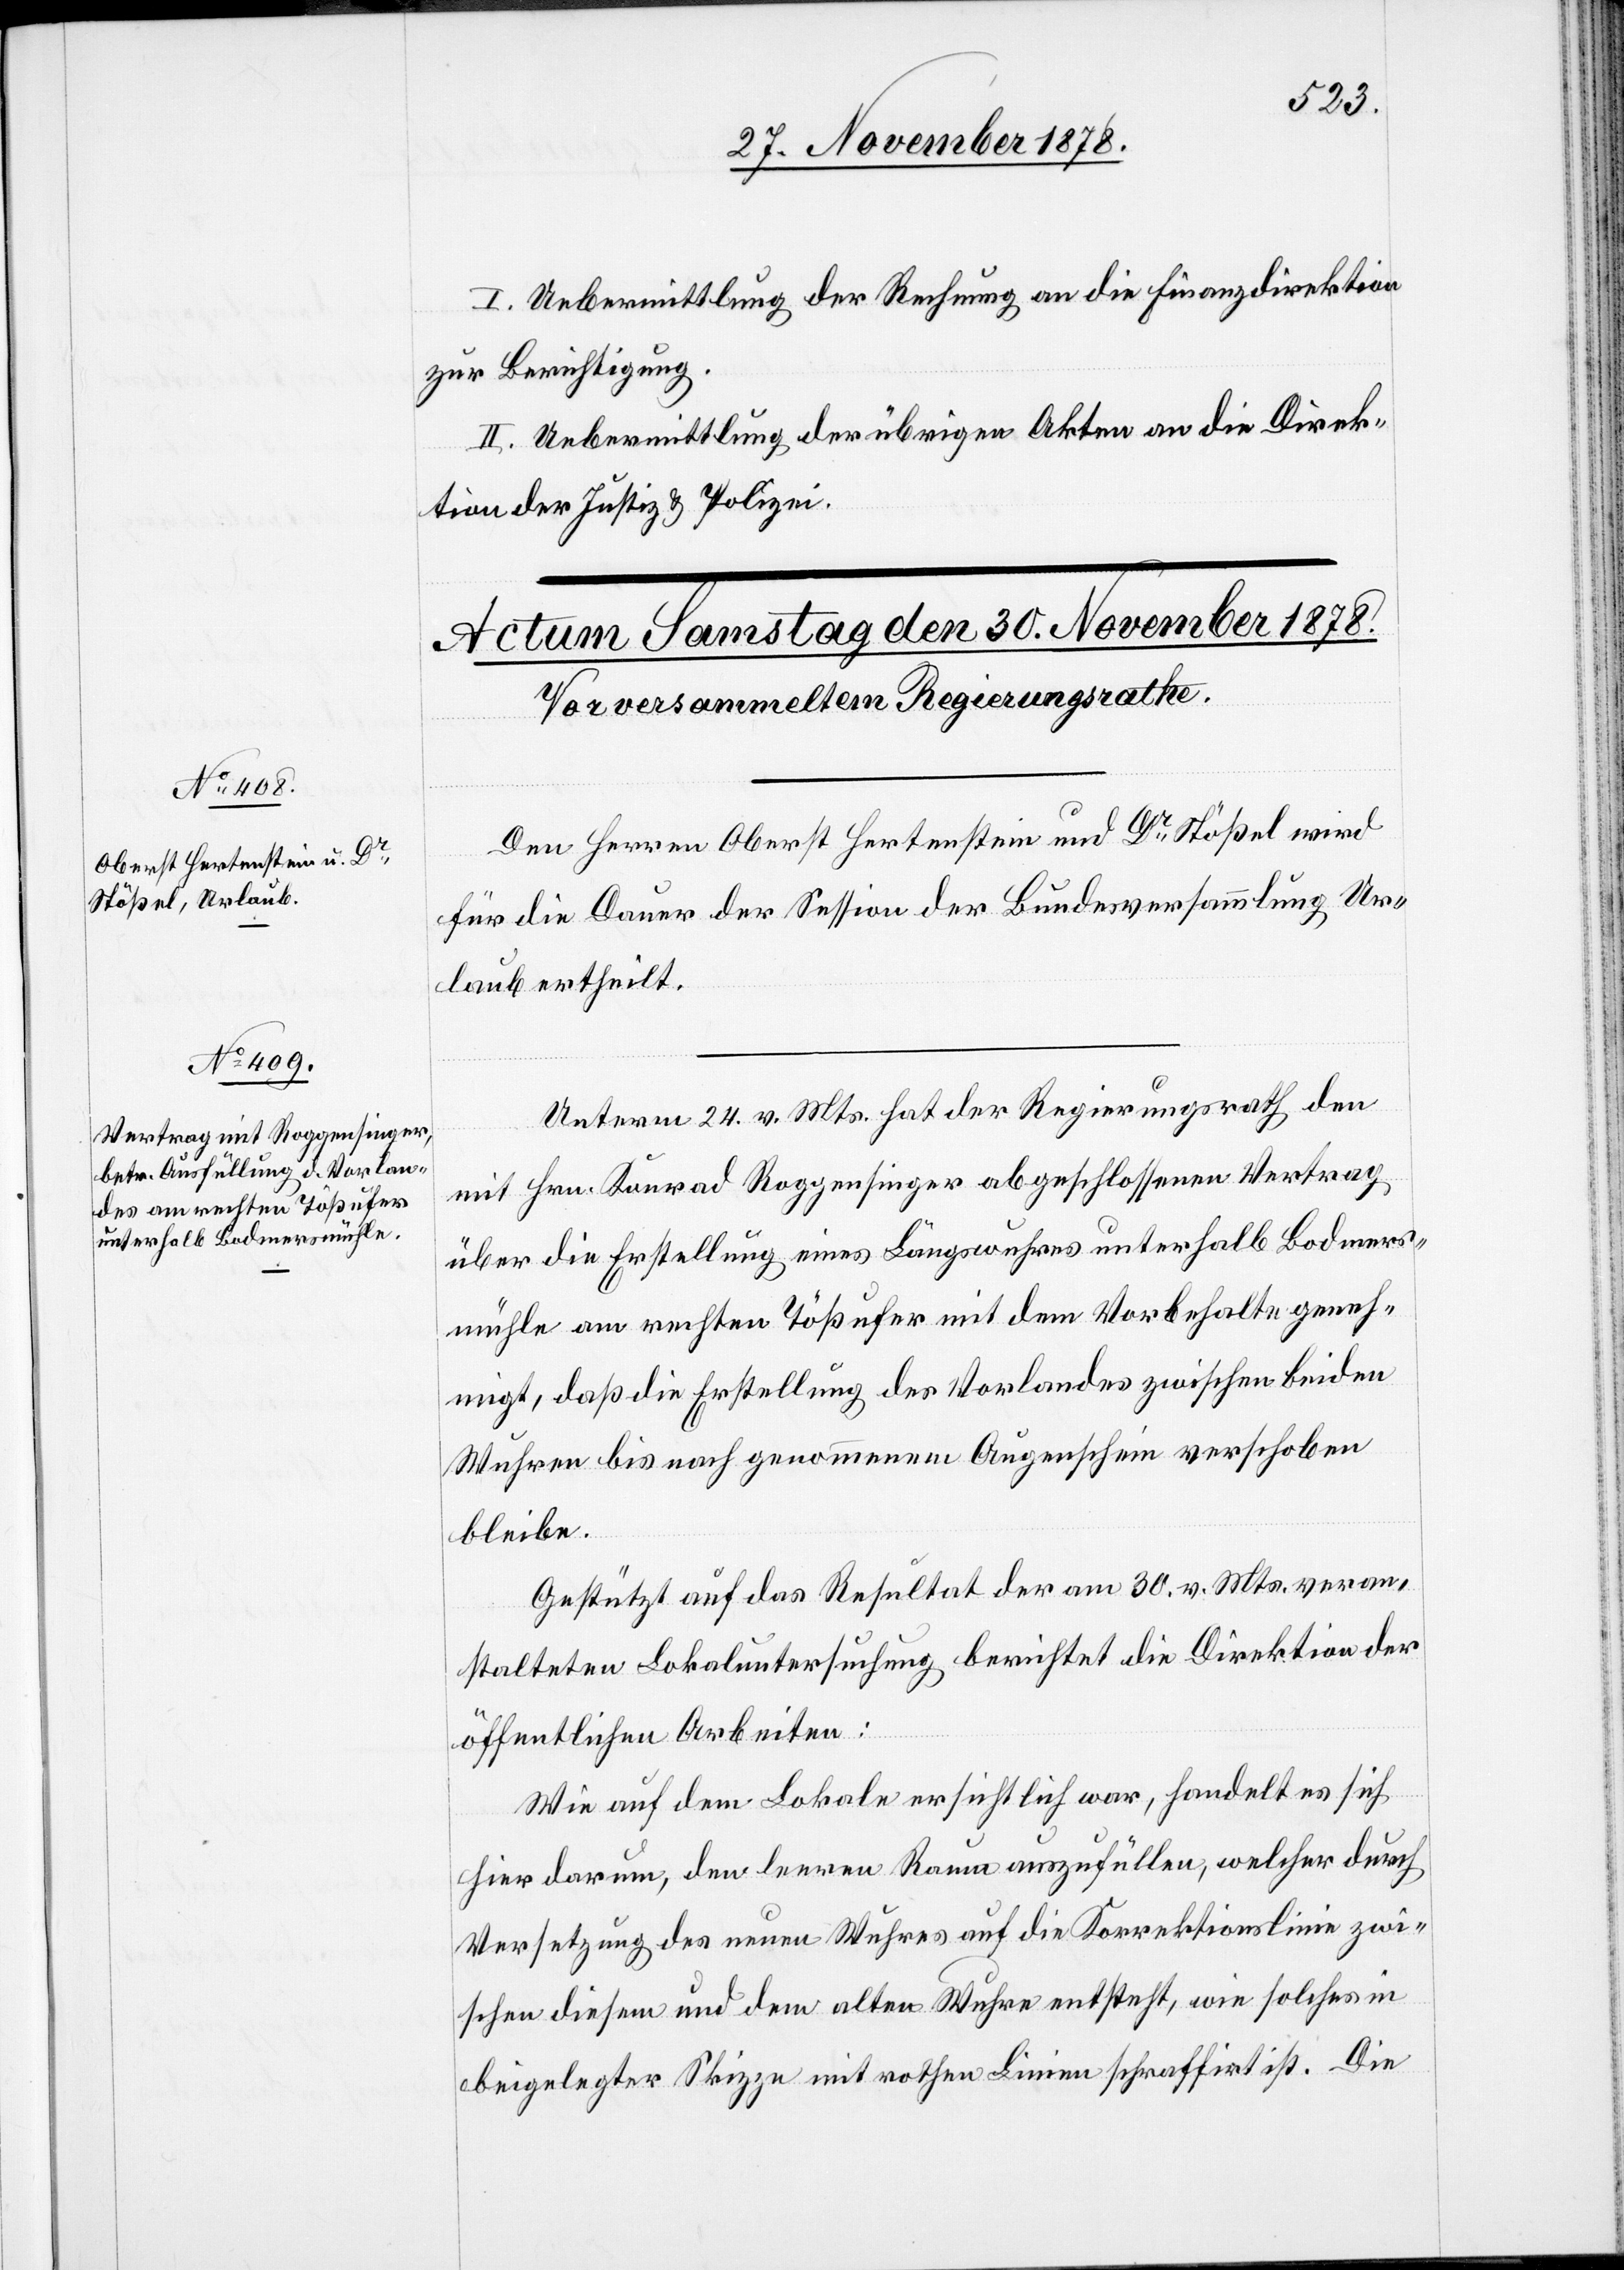
I. Uebermittlung der Rechnung an die Finanzdirektion
zur Berichtigung.
II. Uebermittlung der übrigen Akten an die Direk¬
tion der Justiz & Polizei.
Den Herren Oberst Hertenstein und Dr Stößel wird
für die Dauer der Session der Bundesversammlung Ur¬
laub ertheilt.
Unterm 24. v. Mts. hat der Regierungsrath den
mit Hrn. Konrad Roggensinger abgeschlossenen Vertrag
über die Erstellung eines Längswuhres unterhalb Bodmers¬
mühle am rechten Tößufer mit dem Vorbehalte geneh¬
migt, daß die Erstellung des Vorlandes zwischen beiden
Wuhren bis nach genommenem Augenschein verschoben
bleibe.
Gestützt auf das Resultat der am 30. v. Mts. veran¬
stalteten Lokaluntersuchung berichtet die Direktion der
öffentlichen Arbeiten:
Wie auf dem Lokale ersichtlich war, handelt es sich
hier darum, den leeren Raum auszufüllen, welcher durch
Versetzung des neuen Wuhres auf die Korrektionslinie zwi¬
schen diesem und dem alten Wuhre entsteht, wie solches in
beigelegter Skizze mit rothen Linien schraffirt ist. Die